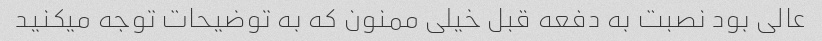
عالی بود نصبت به دفعه قبل خیلی ممنون که به توضیحات توجه میکنید